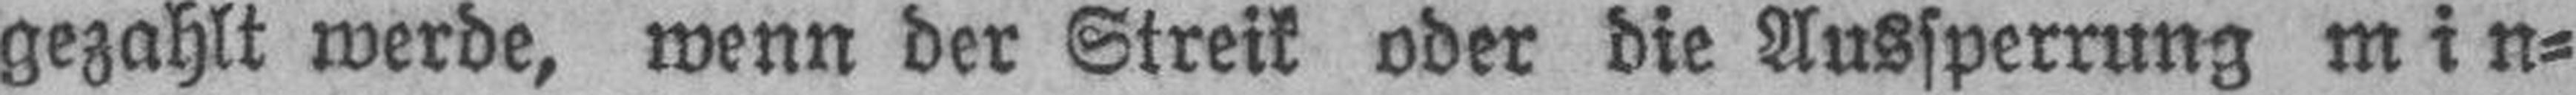
gezahlt werde, wenn der Streik oder die Aussperrung min¬